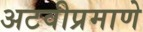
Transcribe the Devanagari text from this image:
अटवीप्रमाणे